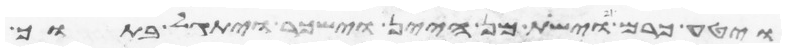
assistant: ויטע כרם וישת מן היין וישכר ויתגל בתוך